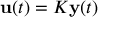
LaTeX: \mathbf { u } ( t ) = K \mathbf { y } ( t )